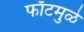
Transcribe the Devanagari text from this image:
फाँटमुळे